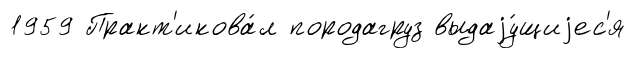
1959 Практ'икова́л породагруз выдаjу́щиjес'я